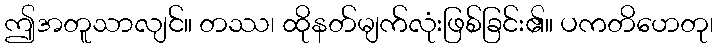
ဤအတူသာလျင်။ တဿ၊ ထိုနတ်မျက်လုံးဖြစ်ခြင်း၏။ ပကတိဟေတု၊